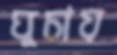
ঘুচায়